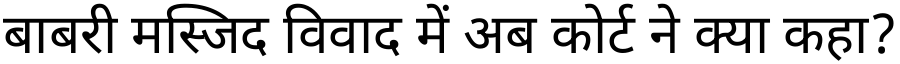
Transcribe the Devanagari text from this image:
बाबरी मस्जिद विवाद में अब कोर्ट ने क्या कहा?